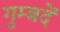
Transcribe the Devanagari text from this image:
गुम्बदें